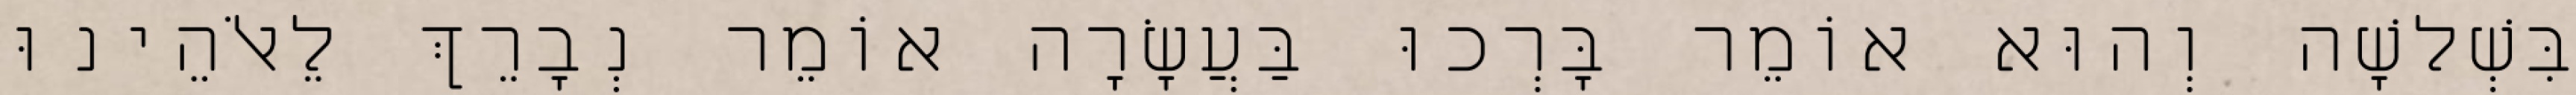
בִּשְׁלשָׁה וְהוּא אוֹמֵר בָּרְכוּ בַּעֲשָׂרָה אוֹמֵר נְבָרֵךְ לֵאלֹהֵינוּ